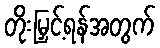
တိုးမြှင့်ရန်အတွက်